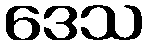
ဒေသ